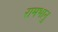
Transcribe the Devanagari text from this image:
रामभानु